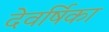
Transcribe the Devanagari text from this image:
देवर्षिका